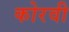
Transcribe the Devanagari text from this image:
कोरवी